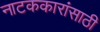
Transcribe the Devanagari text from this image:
नाटककारांसाठी